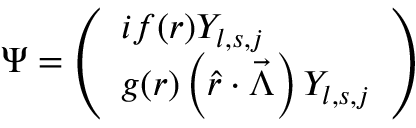
\Psi = \left( \begin{array} { l } { { i f ( r ) Y _ { l , s , j } } } \\ { { g ( r ) \left( \hat { r } \cdot \vec { \Lambda } \right) Y _ { l , s , j } } } \end{array} \right)